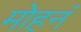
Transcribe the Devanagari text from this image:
मोहनं